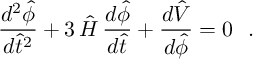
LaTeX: \frac { d ^ { 2 } { \hat { \phi } } } { d { \hat { t } } ^ { 2 } } + 3 \, { \hat { H } } \, \frac { d { \hat { \phi } } } { d { \hat { t } } } + \frac { d { \hat { V } } } { d { \hat { \phi } } } = 0 ~ ~ .